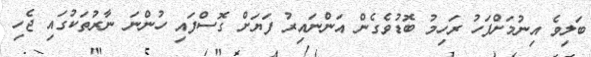
ބަލިވެ އިނުމަށްފަހު ރަހިމު ބޮޑުވެގެން އަންނައިރު ފަޔަށް ގޮސްފައި ހުންނަ ނާރުތަކުގައި ޖެހި